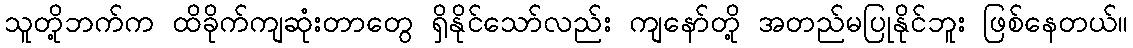
သူတို့ဘက်က ထိခိုက်ကျဆုံးတာတွေ ရှိနိုင်သော်လည်း ကျနော်တို့ အတည်မပြုနိုင်ဘူး ဖြစ်နေတယ်။